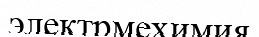
электрмехимия